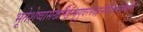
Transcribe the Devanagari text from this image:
भूतेशेष्वासखण्डिन्भृगुवरमदहृन्मैथिलानन्दकारिन्